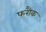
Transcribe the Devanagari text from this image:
फरौक